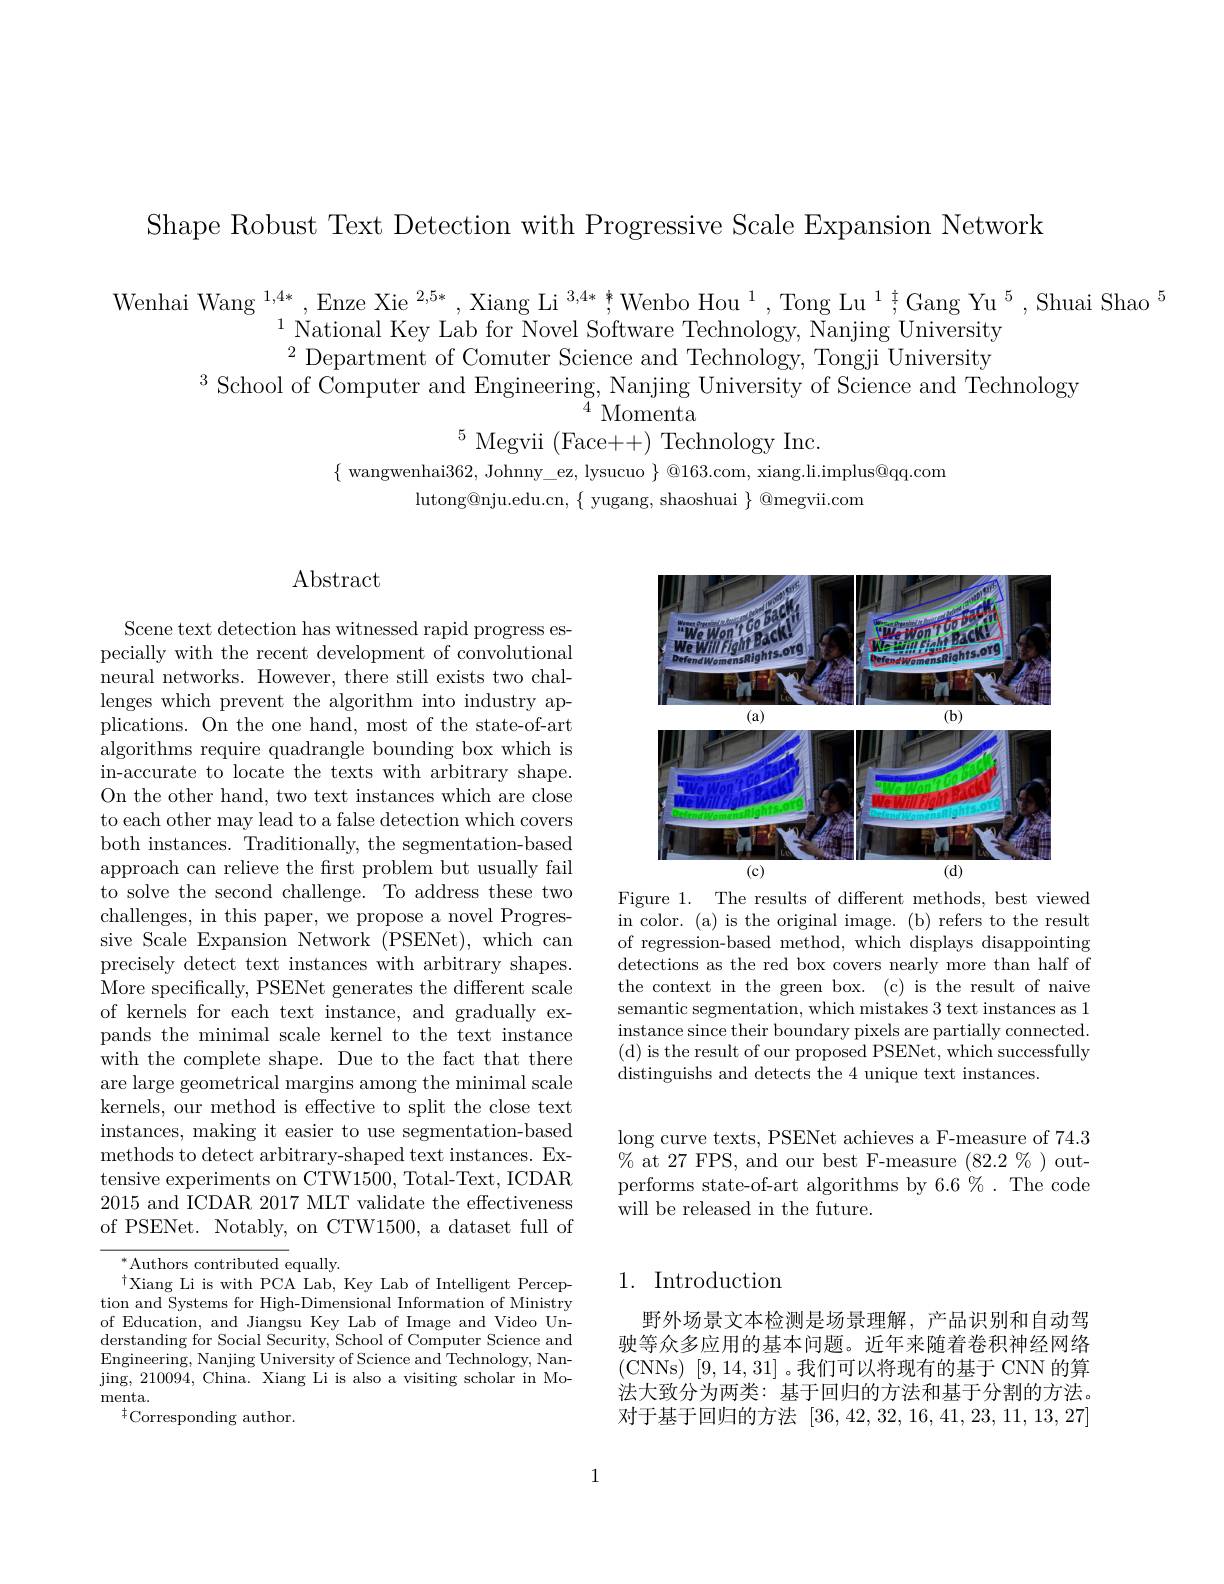
Shape Robust Text Detection with Progressive Scale Expansion Network

Wenhai Wang $^1,4*$,Enze Xie $^2,5*,\text{Xiang Li}^{3,4**},\text{Wenbo Hou}^{1},\text{Tong Lu}^{1};\text{Gang Yu}^{5},\text{Shuai Shao}^{5}$
$^{1}$National Key Lab for Novel Software Technology, Nanjing University $^{2}$Department of Comuter Science and Technology, Tongji University
$^{3}$ School of Computer and Engineering, Nanjing University of Science and Technology
${\bar{4}}{\mathrm{~Momenta}}$
$^5$ Megvii (Face++) Technology Inc.
$\{$ wangwenhai362, Johnny\_ez, lysucuo $\}\textcircled{\text{@}163.\mathrm{com, xiang.li.implus@qq.com}}$
lutong@nju.edu.cn, $\{$ yugang, shaoshuai $\}$ @megvii.com

Abstract

Scene text detection has witnessed rapid progress especially with the recent development of convolutional neural networks. However, there still exists two challenges which prevent the algorithm into industry applications. On the one hand, most of the state-of-art algorithms require quadrangle bounding box which is in-accurate to locate the texts with arbitrary shape. On the other hand, two text instances which are close to each other may lead to a false detection which covers both instances. Traditionally, the segmentation-based approach can relieve the frst problem but usually fail to solve the second challenge. To address these two challenges, in this paper, we propose a novel Progressive Scale Expansion Network (PSENet), which can precisely detect text instances with arbitrary shapes. More specifically, PSENet generates the different scale of kernels for each text instance, and gradually expands the minimal scale kernel to the text instance with the complete shape. Due to the fact that there are large geometrical margins among the minimal scale kernels, our method is effective to split the close text instances, making it easier to use segmentation-based methods to detect arbitrary-shaped text instances. Extensive experiments on CTW1500, Total-Text, ICDAR 2015 and ICDAR 2017 MLT validate the effectiveness of PSENet. Notably, on CTW1500, a dataset full of
$^*$Authors contributed equally.

$^{\dagger}$Xiang Li is with PCA Lab, Key Lab of Intelligent Perception and Systems for High-Dimensional Information of Ministry of Education, and Jiangsu Key Lab of Image and Video Understanding for Social Security, School of Computer Science and Engineering, Nanjing University of Science and Technology, Nanjing, 210094, China. Xiang Li is also a visiting scholar in Mo- menta.
$^{\dagger}$Corresponding author.

<FigureHere>

Figure 1. The results of different methods, best viewed in color. (a) is the original image. (b) refers to the result of regression-based method, which displays disappointing detections as the red box covers nearly more than half of the context in the green box. (c) is the result of naive semantic segmentation, which mistakes 3 text instances as 1 instance since their boundary pixels are partially connected. (d) is the result of our proposed PSENet, which successfully distinguishs and detects the 4 unique text instances.

long curve texts, PSENet achieves a F-measure of 74.3 $\%$ at 27 FPS, and our best F-measure (82.2%) outperforms state-of-art algorithms by 6.6%. The code will be released in the future.

## 1. Introduction

野外场景文本检测是场景理解，产品识别和自动驾驶等众多应用的基本问题。近年来随着卷积神经网络(CNNs)$~[9,14,31]$。我们可以将现有的基于 CNN 的算法大致分为两类：基于回归的方法和基于分割的方法。对于基于回归的方法[36,42,32,16,41,23,11,13,27]

1